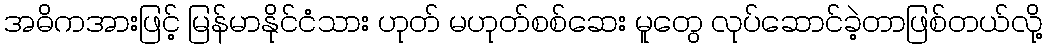
အဓိကအားဖြင့် မြန်မာနိုင်ငံသား ဟုတ် မဟုတ်စစ်ဆေး မူတွေ လုပ်ဆောင်ခဲ့တာဖြစ်တယ်လို့